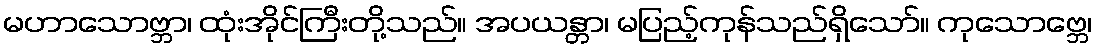
မဟာသောဗ္ဘာ၊ ထုံးအိုင်ကြီးတို့သည်။ အပယန္တာ၊ မပြည့်ကုန်သည်ရှိသော်။ ကုသောဗ္ဘေ၊